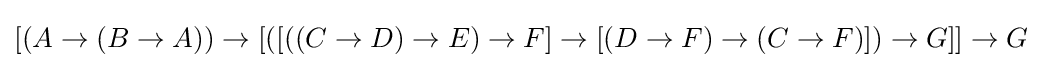
[(A\to (B\to A))\to [([((C\to D)\to E)\to F]\to [(D\to F)\to (C\to F)])\to G]]\to G